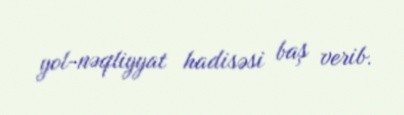
yol-nəqliyyat hadisəsi baş verib.